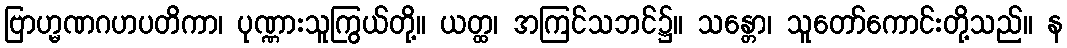
ဗြာဟ္မဏဂဟပတိကာ၊ ပုဏ္ဏားသူကြွယ်တို့။ ယတ္ထ၊ အကြင်သဘင်၌။ သန္တော၊ သူတော်ကောင်းတို့သည်။ န